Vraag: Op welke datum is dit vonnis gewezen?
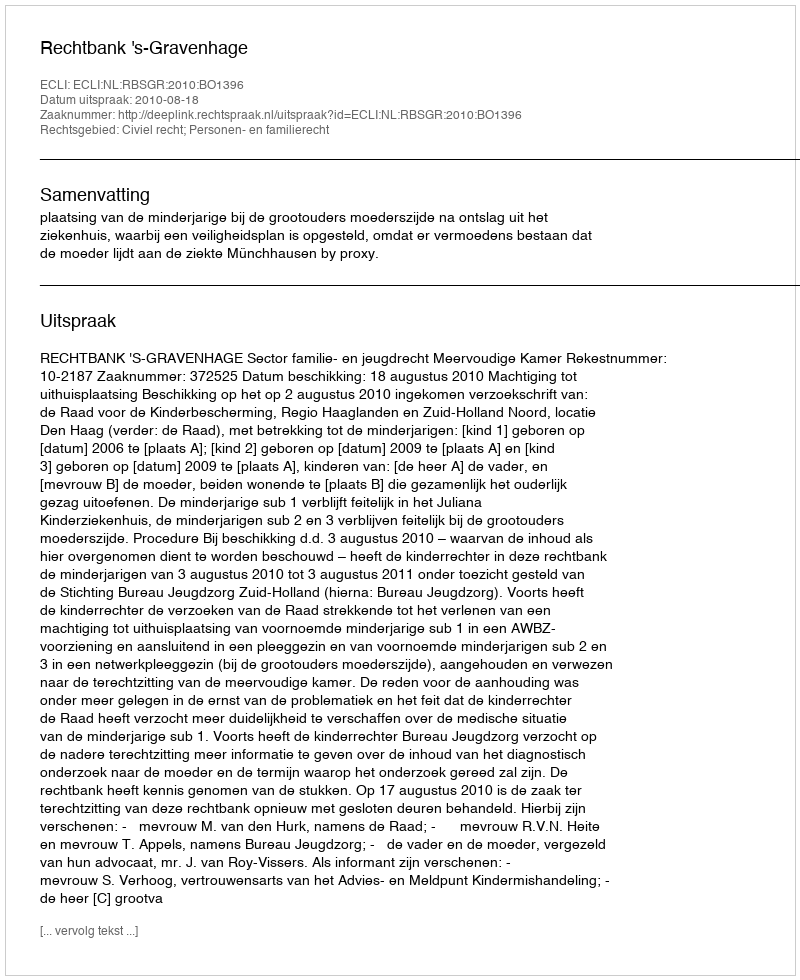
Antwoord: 2010-08-18